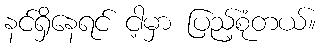
နင်ရှိနေရင် ငါ့မှာ ပြည့်စုံတယ်။